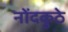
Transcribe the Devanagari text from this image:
नोंदकुठे